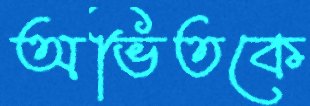
অভিতকে